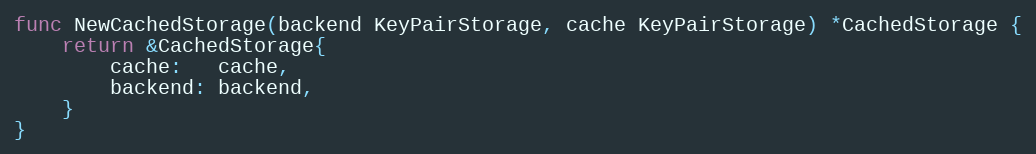
Language: Go
func NewCachedStorage(backend KeyPairStorage, cache KeyPairStorage) *CachedStorage {
	return &CachedStorage{
		cache:   cache,
		backend: backend,
	}
}